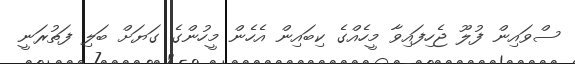
ސްވައިން ފުލޫ ޖެހިފައިވާ މީހެއްގެ ކިބައިން އެހެން މީހުންގެ ގަޔަށް ބަލި ފަތުރަނީ